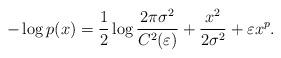
LaTeX: \begin{align*}-\log p(x)=\frac{1}{2} \log \frac{2 \pi \sigma^{2}}{C^{2}(\varepsilon)}+\frac{x^{2}}{2 \sigma^{2}} +\varepsilon x^{p}. \end{align*}